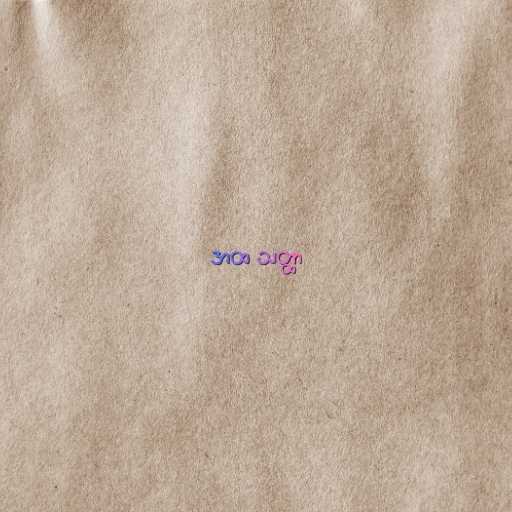
အထ သတ္ထာ